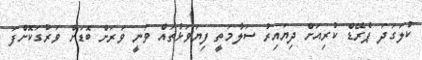
ކުލަގަދަ ޕެރޭޑް ކުރިއަށް ދިޔައިރު ސަލާމަތީ ފިޔަވަޅުތައް ވަނީ ވަރަށް ބޮޑަށް ވަރުގަކޮށްފަ